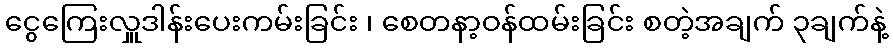
ငွေကြေးလှူဒါန်းပေးကမ်းခြင်း ၊ စေတနာ့ဝန်ထမ်းခြင်း စတဲ့အချက် ၃ချက်နဲ့